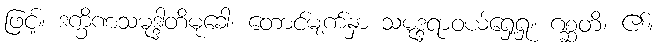
ဖြင့်။ ဒက္ခိဏသမုဒ္ဒါတိမုခေါ၊ တောင်မျက်နှာ သမုဒ္ဒရာဝယ်ရှေ့ရှု။ ဂစ္ဆတိ၊ ၏။